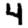
Digit: 4